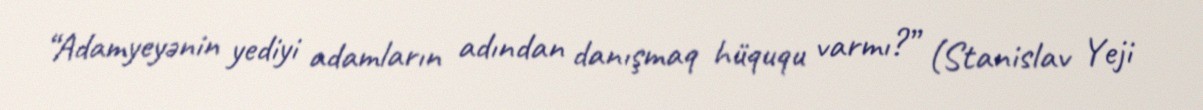
“Adamyeyənin yediyi adamların adından danışmaq hüququ varmı?” (Stanislav Yeji